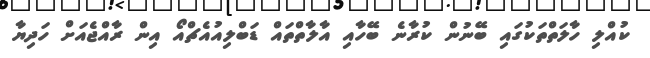
ކުއްލި ހާލަތްތަކުގައި ބޭނުން ކުރާނެ ބޭހާއި އާލާތްތައް ޑަބްލިއުއެޗްއޯ އިން ރާއްޖެއަށް ހަދިޔާ